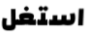
استغل